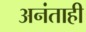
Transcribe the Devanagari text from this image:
अनंताही